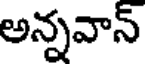
అన్నవాన్